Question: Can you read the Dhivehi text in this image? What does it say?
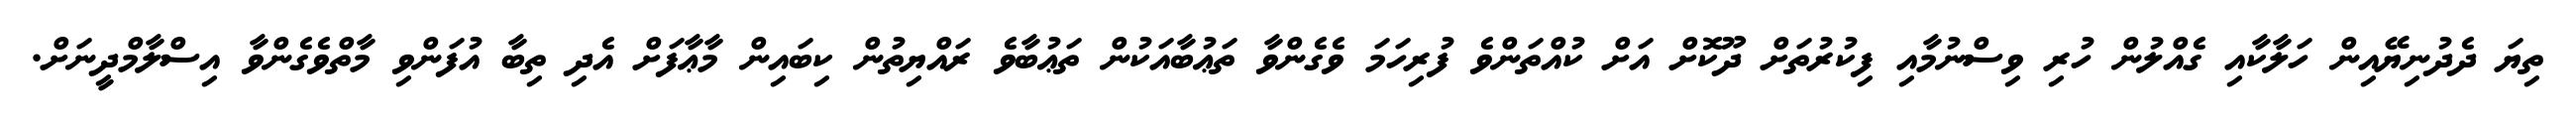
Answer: ތިޔަ ދެދުނިޔޭއިން ހަލާކާއި ގެއްލުން ހުރި ވިސްނުމާއި ފިކުރުތަށް ދޫކޮށް އަށް ކުއްތަންވެ ފުރިހަމަ ވެގެންވާ ތަޢުބާއަކުން ތަޢުބާވެ ރައްޔިތުން ކިބައިން މާޢާފަށް އެދި ތިބާ އުފަންވި މާތްވެގެންވާ އިސްލާމްދީނަށް.